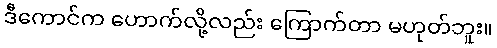
ဒီကောင်က ဟောက်လို့လည်း ကြောက်တာ မဟုတ်ဘူး။